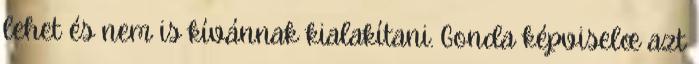
lehet és nem is kívánnak kialakítani. Gonda képviselœ azt